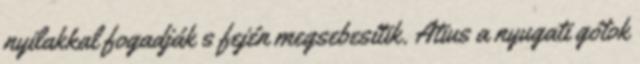
nyilakkal fogadják s fején megsebesítik. Atius a nyugati gótok